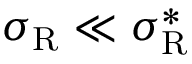
\sigma _ { \mathrm { { R } } } \ll \sigma _ { \mathrm { { R } } } ^ { * }